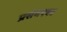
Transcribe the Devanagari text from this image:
प्रसंगएका